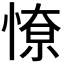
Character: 𭝷